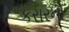
કરારનો